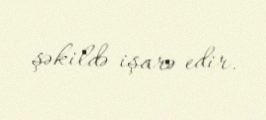
şəkildə işarə edir.